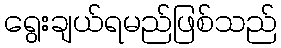
ရွေးချယ်ရမည်ဖြစ်သည်